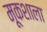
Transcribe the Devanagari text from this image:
मूकशाला